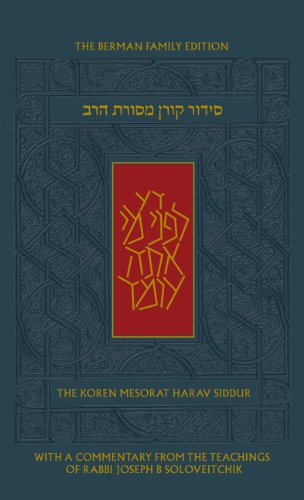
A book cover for The Koren Mesorat HaRav Siddur, A Hebrew/English Prayer Book with Commentary by Rabbi Joseph B. Soloveitchik  (Hebrew Edition); Joseph B. Soloveitchik; Religion & Spirituality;